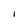
Character: I